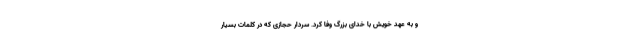
و به عهد خویش با خدای بزرگ وفا کرد. سردار حجازی که در کلمات بسیار